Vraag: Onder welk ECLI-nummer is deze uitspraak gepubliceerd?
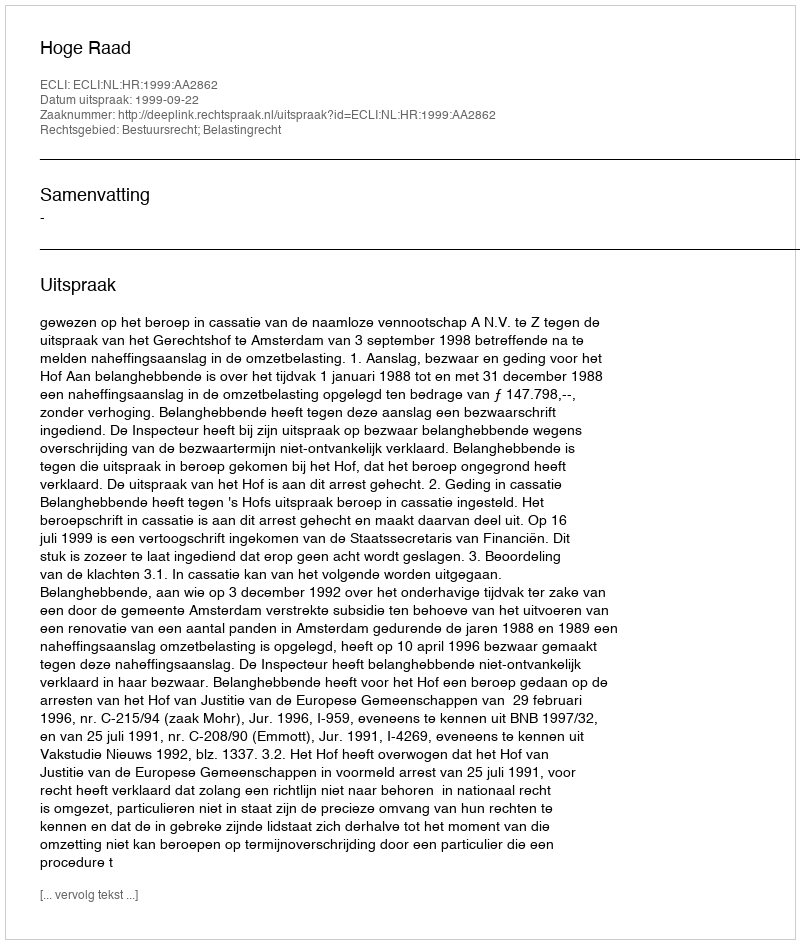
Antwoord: ECLI:NL:HR:1999:AA2862